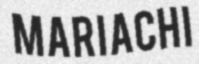
MARIACHI